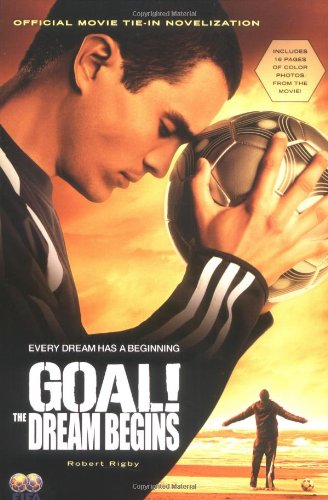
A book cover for GOAL!: The Dream Begins; Robert Rigby; Teen & Young Adult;